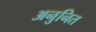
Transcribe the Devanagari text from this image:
अनुनित